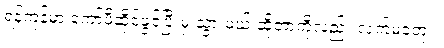
ရန်ကုန်မှာ ကော်ဖီဆိုင်ဖွင့်ပြီးမှ သွားမယ် ဆိုတာကိုလည်း လက်မခံဘူး။